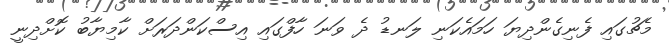
މެޗުގައި ފެނިގެންދިޔަ ހަމައެކަނި ލަނޑު ދެ ވަނަ ހާފްގައި އިސްކަންދަރަށް ކާމިޔާބު ކޮށްދިނީ